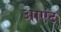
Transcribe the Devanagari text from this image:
आएंट